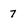
Character: 7